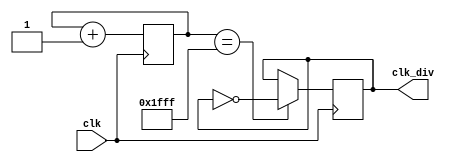
module lcd_clock_divider(
	clk,
	clk_div);
	
input clk;
output reg clk_div;

localparam clk_div_ticks = 8192 - 1;

reg  [12:0] counter; 

//we want to hit 72 us per display instruction. 
always @(posedge clk) begin
	counter <= counter+1; 
	//11-bit: clk_display inverted on every overflow of 13-bit counter -> is toggled every 50,000,000 / (2^11*2) = 12 khz -> 82 us
	//13-bit: clk_display inverted on every overflow of 13-bit counter -> is toggled every 50,000,000 / (2^13*2) = 3 khz ~= 327 us
	if(counter == clk_div_ticks) begin										
		clk_div <= ~clk_div; 
	end
end
endmodule